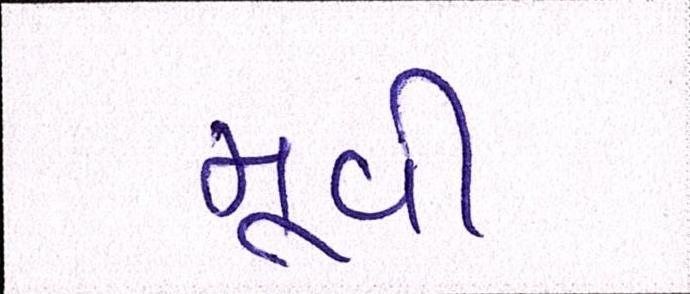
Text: મૂવી